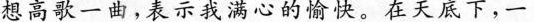
想高歌一曲，表示我满心的愉快。在天底下，一